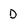
Character: D